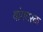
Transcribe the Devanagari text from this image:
यांगवरक